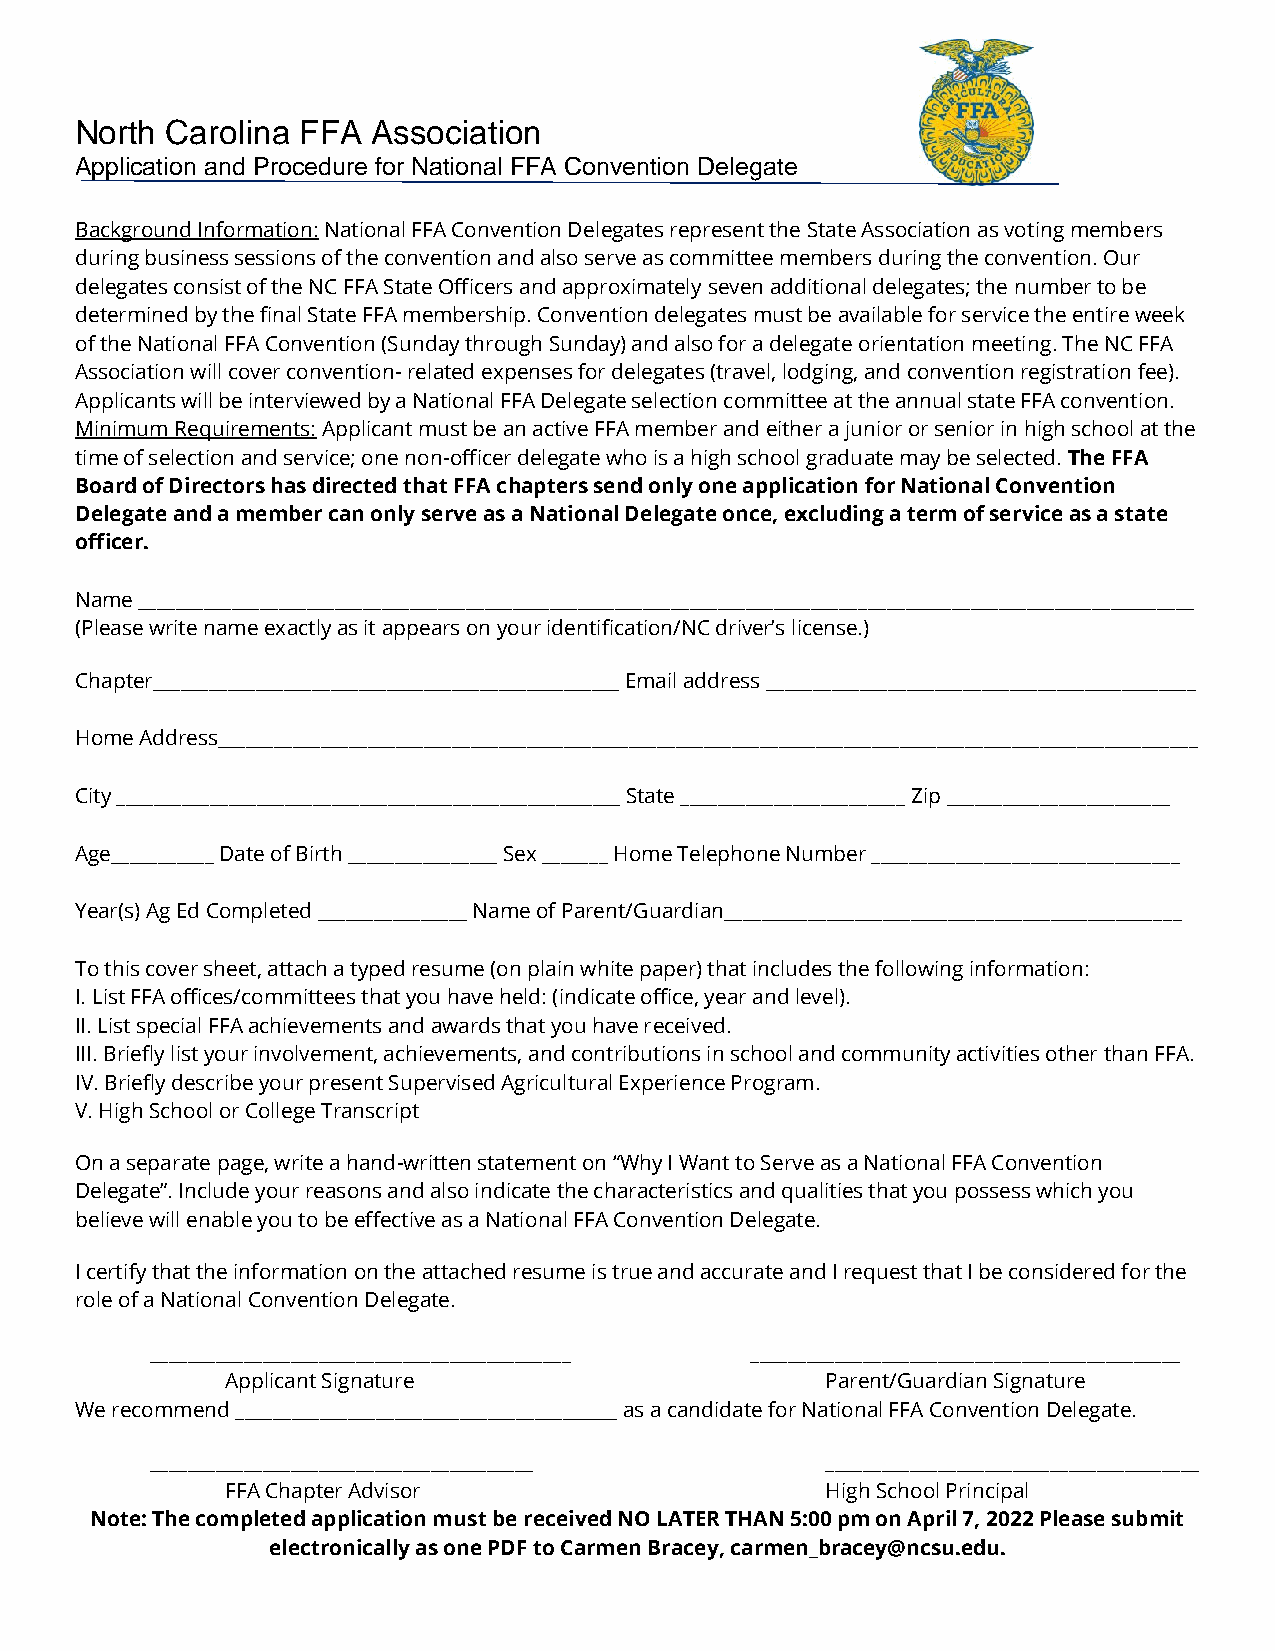
North Carolina FFA  Association
 Application and Procedure for National FFA Convention Delegate
 Background Information: National FFA Convention Delegates represent the State Association as voting members
 during business sessions of the convention and also serve as committee members during the convention. Our
 delegates consist of the NC FFA State Officers and approximately seven additional delegates; the number to be
 determined by the final State FFA membership. Convention delegates must be available for service the entire week
 of the National FFA Convention (Sunday through Sunday) and also for a delegate orientation meeting. The NC FFA
 Association will cover convention- related expenses for delegates (travel, lodging, and convention registration fee).
 Applicants will be interviewed by a National FFA Delegate selection committee at the annual state FFA convention.
 Minimum Requirements: Applicant must be an active FFA member and either a junior or senior in high school at the
 time of selection and service; one non-officer delegate who is a high school graduate may be selected. The FFA
 Board of Directors has directed that FFA chapters send only one application for National Convention
 Delegate and a member can only serve as a National Delegate once, excluding a term of service as a state
 officer.
 Name _________________________________________________________________________________________________________________
 (Please write name exactly as it appears on your identification/NC driver’s license.)
 Chapter__________________________________________________ Email address ______________________________________________
 Home Address_________________________________________________________________________________________________________
 City ______________________________________________________ State ________________________ Zip ________________________
 Age___________ Date of Birth ________________ Sex _______ Home Telephone Number _________________________________
 Year(s) Ag Ed Completed ________________ Name of Parent/Guardian_________________________________________________
 To this cover sheet, attach a typed resume (on plain white paper) that includes the following information:
 I. List FFA offices/committees that you have held: (indicate office, year and level).
 II. List special FFA achievements and awards that you have received.
 III. Briefly list your involvement, achievements, and contributions in school and community activities other than FFA.
 IV. Briefly describe your present Supervised Agricultural Experience Program.
 V. High School or College Transcript
 On a separate page, write a hand-written statement on “Why I Want to Serve as a National FFA Convention
 Delegate”. Include your reasons and also indicate the characteristics and qualities that you possess which you
 believe will enable you to be effective as a National FFA Convention Delegate.
 I certify that the information on the attached resume is true and accurate and I request that I be considered for the
 role of a National Convention Delegate.
 _____________________________________________ ______________________________________________
 Applicant Signature                     Parent/Guardian Signature
 We recommend _________________________________________ as a candidate for National FFA Convention Delegate.
 _________________________________________    ________________________________________
 FFA Chapter Advisor                     High School Principal
 Note: The completed application must be received NO LATER THAN 5:00 pm on April 7, 2022 Please submit
 electronically as one PDF to Carmen Bracey, carmen_bracey@ncsu.edu.